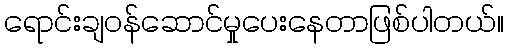
ရောင်းချဝန်ဆောင်မှုပေးနေတာဖြစ်ပါတယ်။